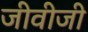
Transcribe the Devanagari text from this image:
जीवीजी